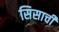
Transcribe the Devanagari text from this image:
सिसाची